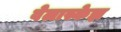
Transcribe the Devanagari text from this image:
वेलास्केझ